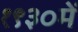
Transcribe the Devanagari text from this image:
१९३०में